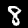
Label: 8